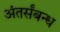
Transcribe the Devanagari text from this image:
अंतर्संबन्ध